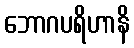
ဘောဂပရိဟာနိ